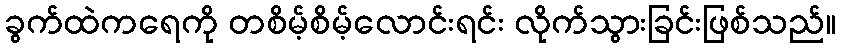
ခွက်ထဲကရေကို တစိမ့်စိမ့်လောင်းရင်း လိုက်သွားခြင်းဖြစ်သည်။